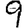
Digit: 9